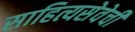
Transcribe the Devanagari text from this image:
साहित्यसेवेची